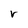
Character: r